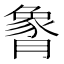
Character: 𬂏